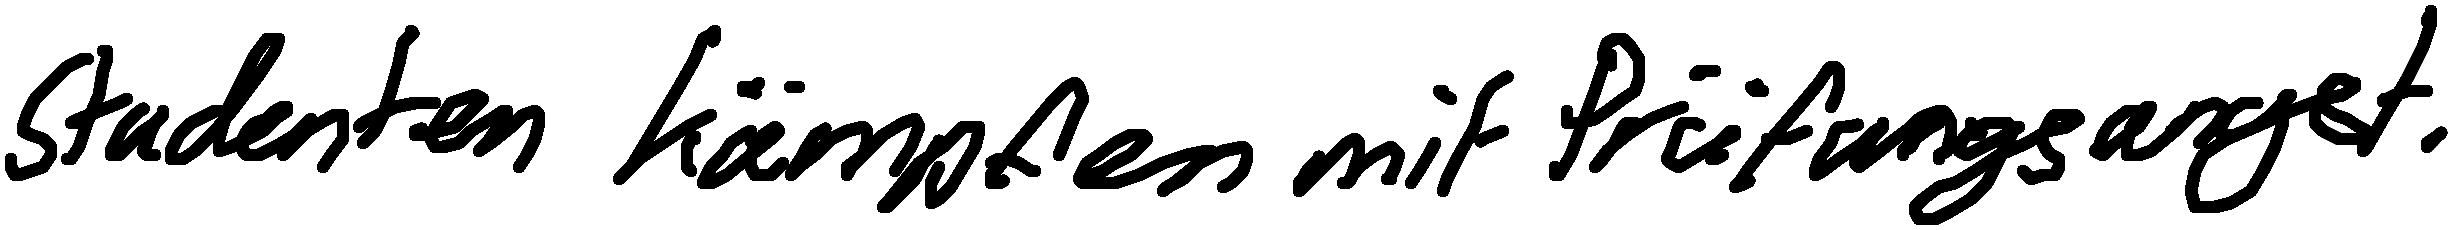
Studenten kämpfen mit Prüfungsangst.